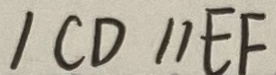
/ C D / / E F